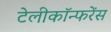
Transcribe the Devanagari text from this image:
टेलीकॉन्फरेंस